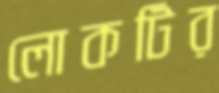
লোকটির